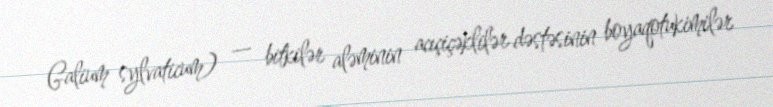
Galium sylvaticum) — bitkilər aləminin acıçiçəklilər dəstəsinin boyaqotukimilər